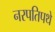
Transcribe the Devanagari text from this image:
नरपतिपथे